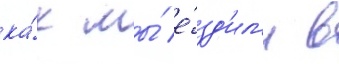
ка́к мы́ е́зд'ил'и в